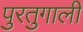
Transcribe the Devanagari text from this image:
पुरतुगाली